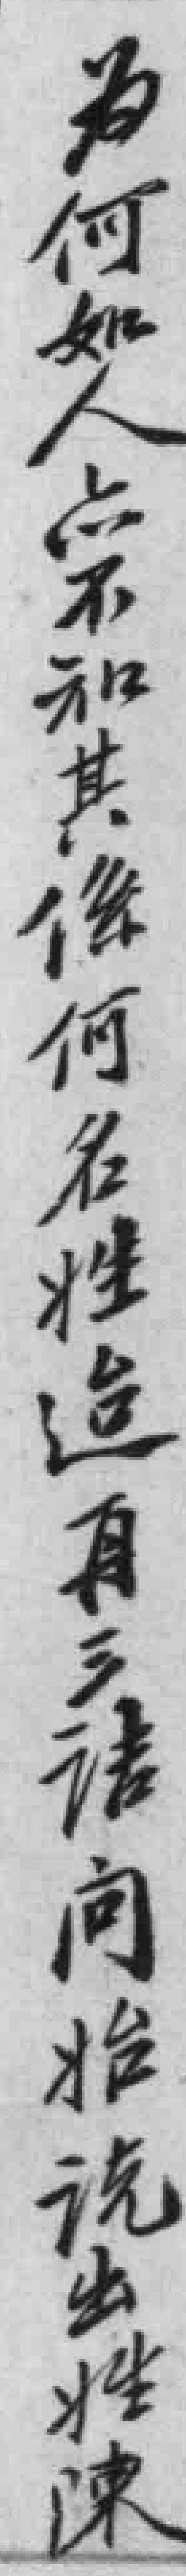
为何如人亦不知其係何名姓迨再三讯问始说出姓陳